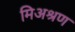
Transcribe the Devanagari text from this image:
मिअश्रण